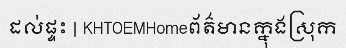
ដល់ផ្ទះ | KHTOEMHomeព័ត៌មានក្នុងស្រុក